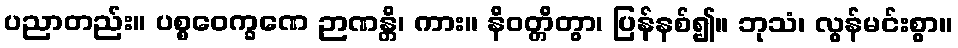
ပညာတည်း။ ပစ္စဝေက္ခဏေ ဉာဏန္တိ၊ ကား။ နိဝတ္တိတွာ၊ ပြန်နစ်၍။ ဘုသံ၊ လွန်မင်းစွာ။